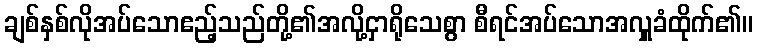
ချစ်နှစ်လိုအပ်သောဧည့်သည်တို့၏အလို့ငှာရိုသေစွာ စီရင်အပ်သောအလှူခံထိုက်၏။